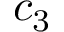
c _ { 3 }